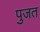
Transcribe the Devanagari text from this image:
पुजत